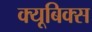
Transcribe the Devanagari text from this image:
क्यूबिक्स